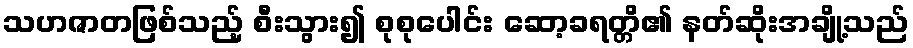
သဟဇာတဖြစ်သည့် စီးသွား၍ စုစုပေါင်း ဆော့ခရတ္တိ၏ နတ်ဆိုးအချို့သည်